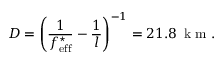
D = \left( \frac { 1 } { f _ { \mathrm { e f f } } ^ { \star } } - \frac { 1 } { l } \right) ^ { - 1 } = 2 1 . 8 \, \mathrm { ~ k ~ m ~ . ~ }